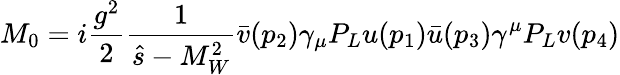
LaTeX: M_{0}=i\frac{g^{2}}{2}\frac{1}{\hat{s}-M_{W}^{2}}\bar{v}(p_{2})\gamma_{\mu}P_{L}u(p_{1})\bar{u}(p_{3})\gamma^{\mu}P_{L}v(p_{4})